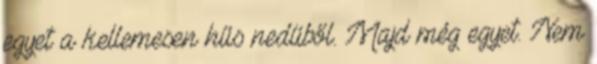
egyet a kellemesen hűs nedűből. Majd még egyet. Nem